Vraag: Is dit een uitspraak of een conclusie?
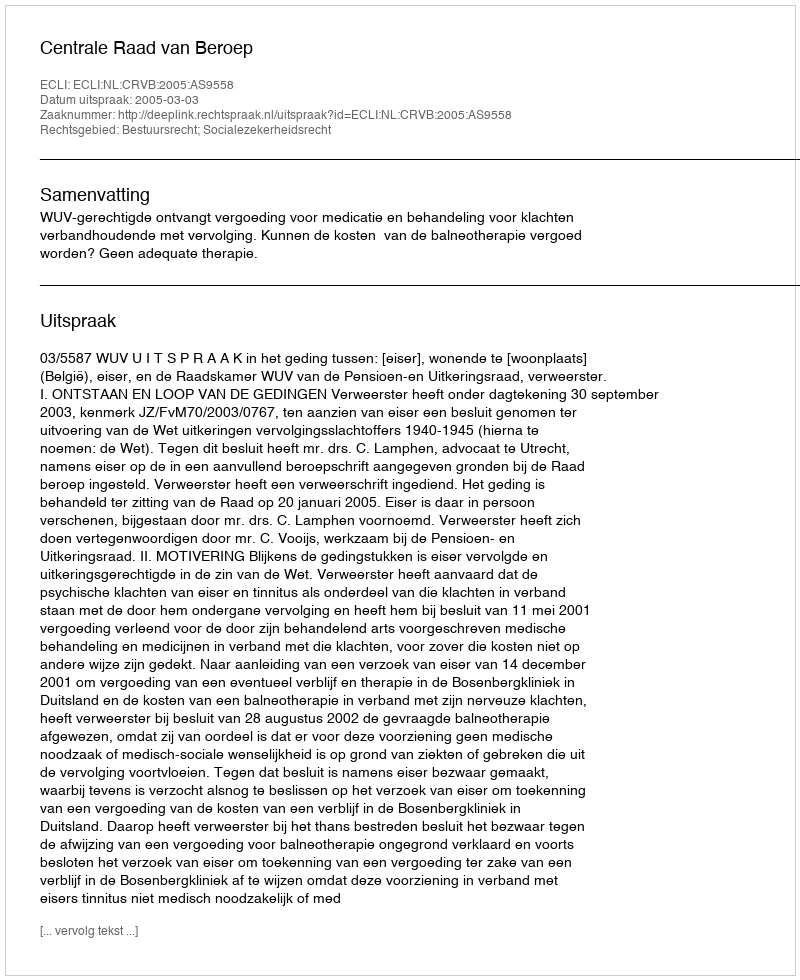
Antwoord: Uitspraak